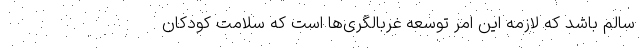
سالم باشد که لازمه‌ این امر توسعه غربالگری‌ها است که سلامت کودکان